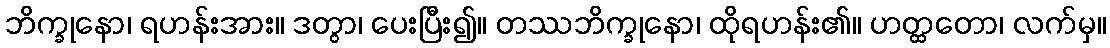
ဘိက္ခုနော၊ ရဟန်းအား။ ဒတွာ၊ ပေးပြီး၍။ တဿဘိက္ခုနော၊ ထိုရဟန်း၏။ ဟတ္ထတော၊ လက်မှ။